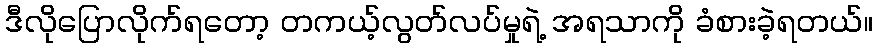
ဒီလိုပြောလိုက်ရတော့ တကယ့်လွတ်လပ်မှုရဲ့ အရသာကို ခံစားခဲ့ရတယ်။